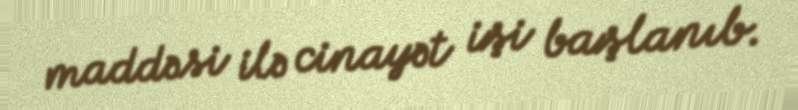
maddəsi ilə cinayət işi başlanıb.